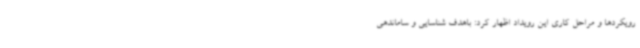
رویکردها و مراحل کاری این رویداد اظهار کرد: باهدف شناسایی و ساماندهی